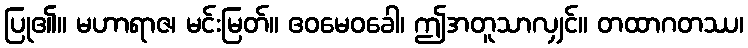
ပြု၏။ မဟာရာဇ၊ မင်းမြတ်။ ဧဝမေဝခေါ၊ ဤအတူသာလျှင်။ တထာဂတဿ၊